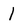
Character: l